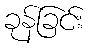
ခုန်ခြင်း